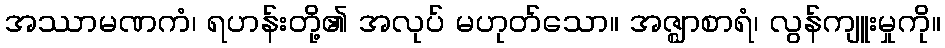
အဿာမဏကံ၊ ရဟန်းတို့၏ အလုပ် မဟုတ်သော။ အဇ္ဈာစာရံ၊ လွန်ကျူးမှုကို။